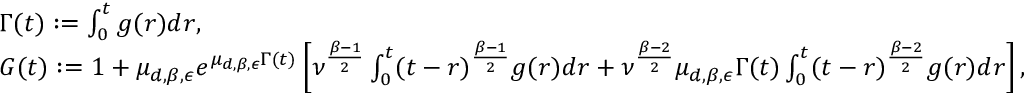
\begin{array} { r l } & { \Gamma ( t ) : = \int _ { 0 } ^ { t } g ( r ) d r , } \\ & { G ( t ) : = 1 + \mu _ { d , \beta , \epsilon } e ^ { \mu _ { d , \beta , \epsilon } \Gamma ( t ) } \left[ \nu ^ { \frac { \beta - 1 } { 2 } } \int _ { 0 } ^ { t } ( t - r ) ^ { \frac { \beta - 1 } { 2 } } g ( r ) d r + \nu ^ { \frac { \beta - 2 } { 2 } } \mu _ { d , \beta , \epsilon } \Gamma ( t ) \int _ { 0 } ^ { t } ( t - r ) ^ { \frac { \beta - 2 } { 2 } } g ( r ) d r \right] , } \end{array}